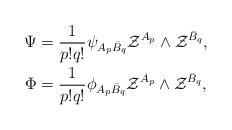
LaTeX: \begin{align*}\Psi &= \dfrac{1}{p!q!}\psi_{A_p\bar{B}_q}\mathcal{Z}^{A_p}\wedge\mathcal{Z}^{\bar{B}_q},\\\Phi &= \dfrac{1}{p!q!}\phi_{A_p\bar{B}_q}\mathcal{Z}^{A_p}\wedge\mathcal{Z}^{\bar{B}_q},\end{align*}